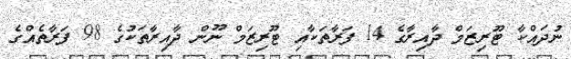
ނުދައްކާ ޓޫރިޒަމް ދާއިރާގެ 14 ފަރާތަކާއި ޓޫރިޒަމް ނޫން ދާއިރާތަކުގެ 98 ފަރާތެއްގެ